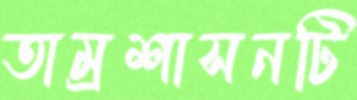
তাম্রশাসনটি